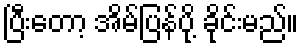
ပြီးတော့ အိမ်ပြန်ပို့ ခိုင်းမည်။